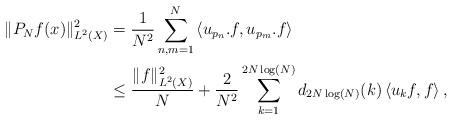
LaTeX: \begin{align*} \|P_{N}f(x)\|_{L^{2}(X)}^{2} &=\frac{1}{N^{2}}\sum_{n,m=1}^{N}\left<u_{p_{n}}.f,u_{p_{m}}.f\right> \\ &\leq \frac{\|f\|_{L^{2}(X)}^{2}}{N} +\frac{2}{N^2}\sum_{k=1}^{2N\log(N)}d_{2N\log(N)}(k)\left<u_{k}f,f\right>, \end{align*}